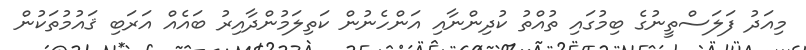
މިއަދު ފަލަސްތީނުގެ ބިމުގައި ތުއްތު ކުދިންނާއި އަންހެނުން ކަތިލަމުންދާއިރު ބައެއް އަރަބި ޤައުމުތަކުން